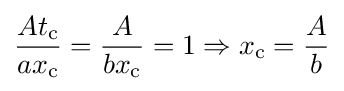
{\frac {At_{\text{c}}}{ax_{\text{c}}}}={\frac {A}{bx_{\text{c}}}}=1\Rightarrow x_{\text{c}}={\frac {A}{b}}